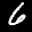
Label: 6